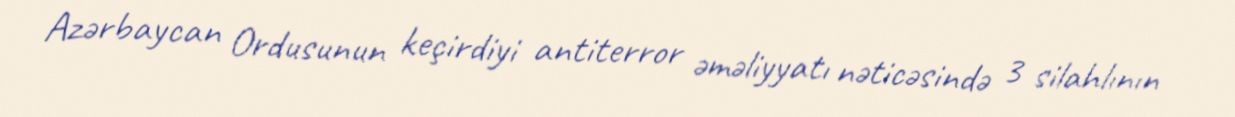
Azərbaycan Ordusunun keçirdiyi antiterror əməliyyatı nəticəsində 3 silahlının